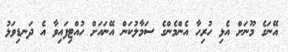
އޭނަގެ މޫނަށް އެޅި ހުރިހާ އެންމެންގެ ސަމާލުކަން އޭނައަށް ހުއްޓިފައިވާ އެ ދަނޑިވަޅު